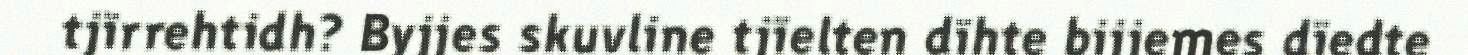
tjïrrehtidh? Byjjes skuvline tjïelten dïhte bijjemes dïedte